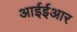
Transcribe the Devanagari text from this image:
आईईआर